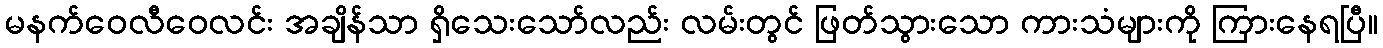
မနက်ဝေလီဝေလင်း အချိန်သာ ရှိသေးသော်လည်း လမ်းတွင် ဖြတ်သွားသော ကားသံများကို ကြားနေရပြီ။